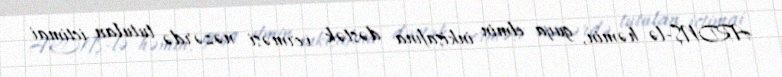
ARDNŞ-lə həmin, guya elmin inkişafına dəstək verməsi nəzərdə tutulan ictimai